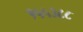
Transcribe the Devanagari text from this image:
१५५३८८